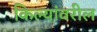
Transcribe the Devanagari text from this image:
किल्यांवरील